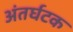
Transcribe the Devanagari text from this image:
अंतर्घटक